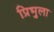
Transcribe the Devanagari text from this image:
प्रिभुला